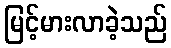
မြင့်မားလာခဲ့သည်